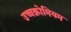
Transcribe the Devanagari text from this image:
उच्चक्रोमियम